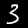
Digit: 3